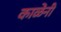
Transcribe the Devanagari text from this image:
काळेंनी